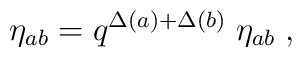
\eta_{ab}= q^{\Delta(a)+\Delta(b)} \; \eta_{ab} \;,